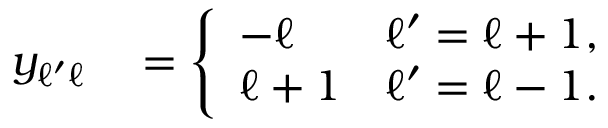
\begin{array} { r l } { y _ { \ell ^ { \prime } \ell } } & { { } = \left\{ \begin{array} { l l } { - \ell } & { \ell ^ { \prime } = \ell + 1 , } \\ { \ell + 1 } & { \ell ^ { \prime } = \ell - 1 . } \end{array} \right. } \end{array}